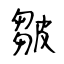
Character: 皺